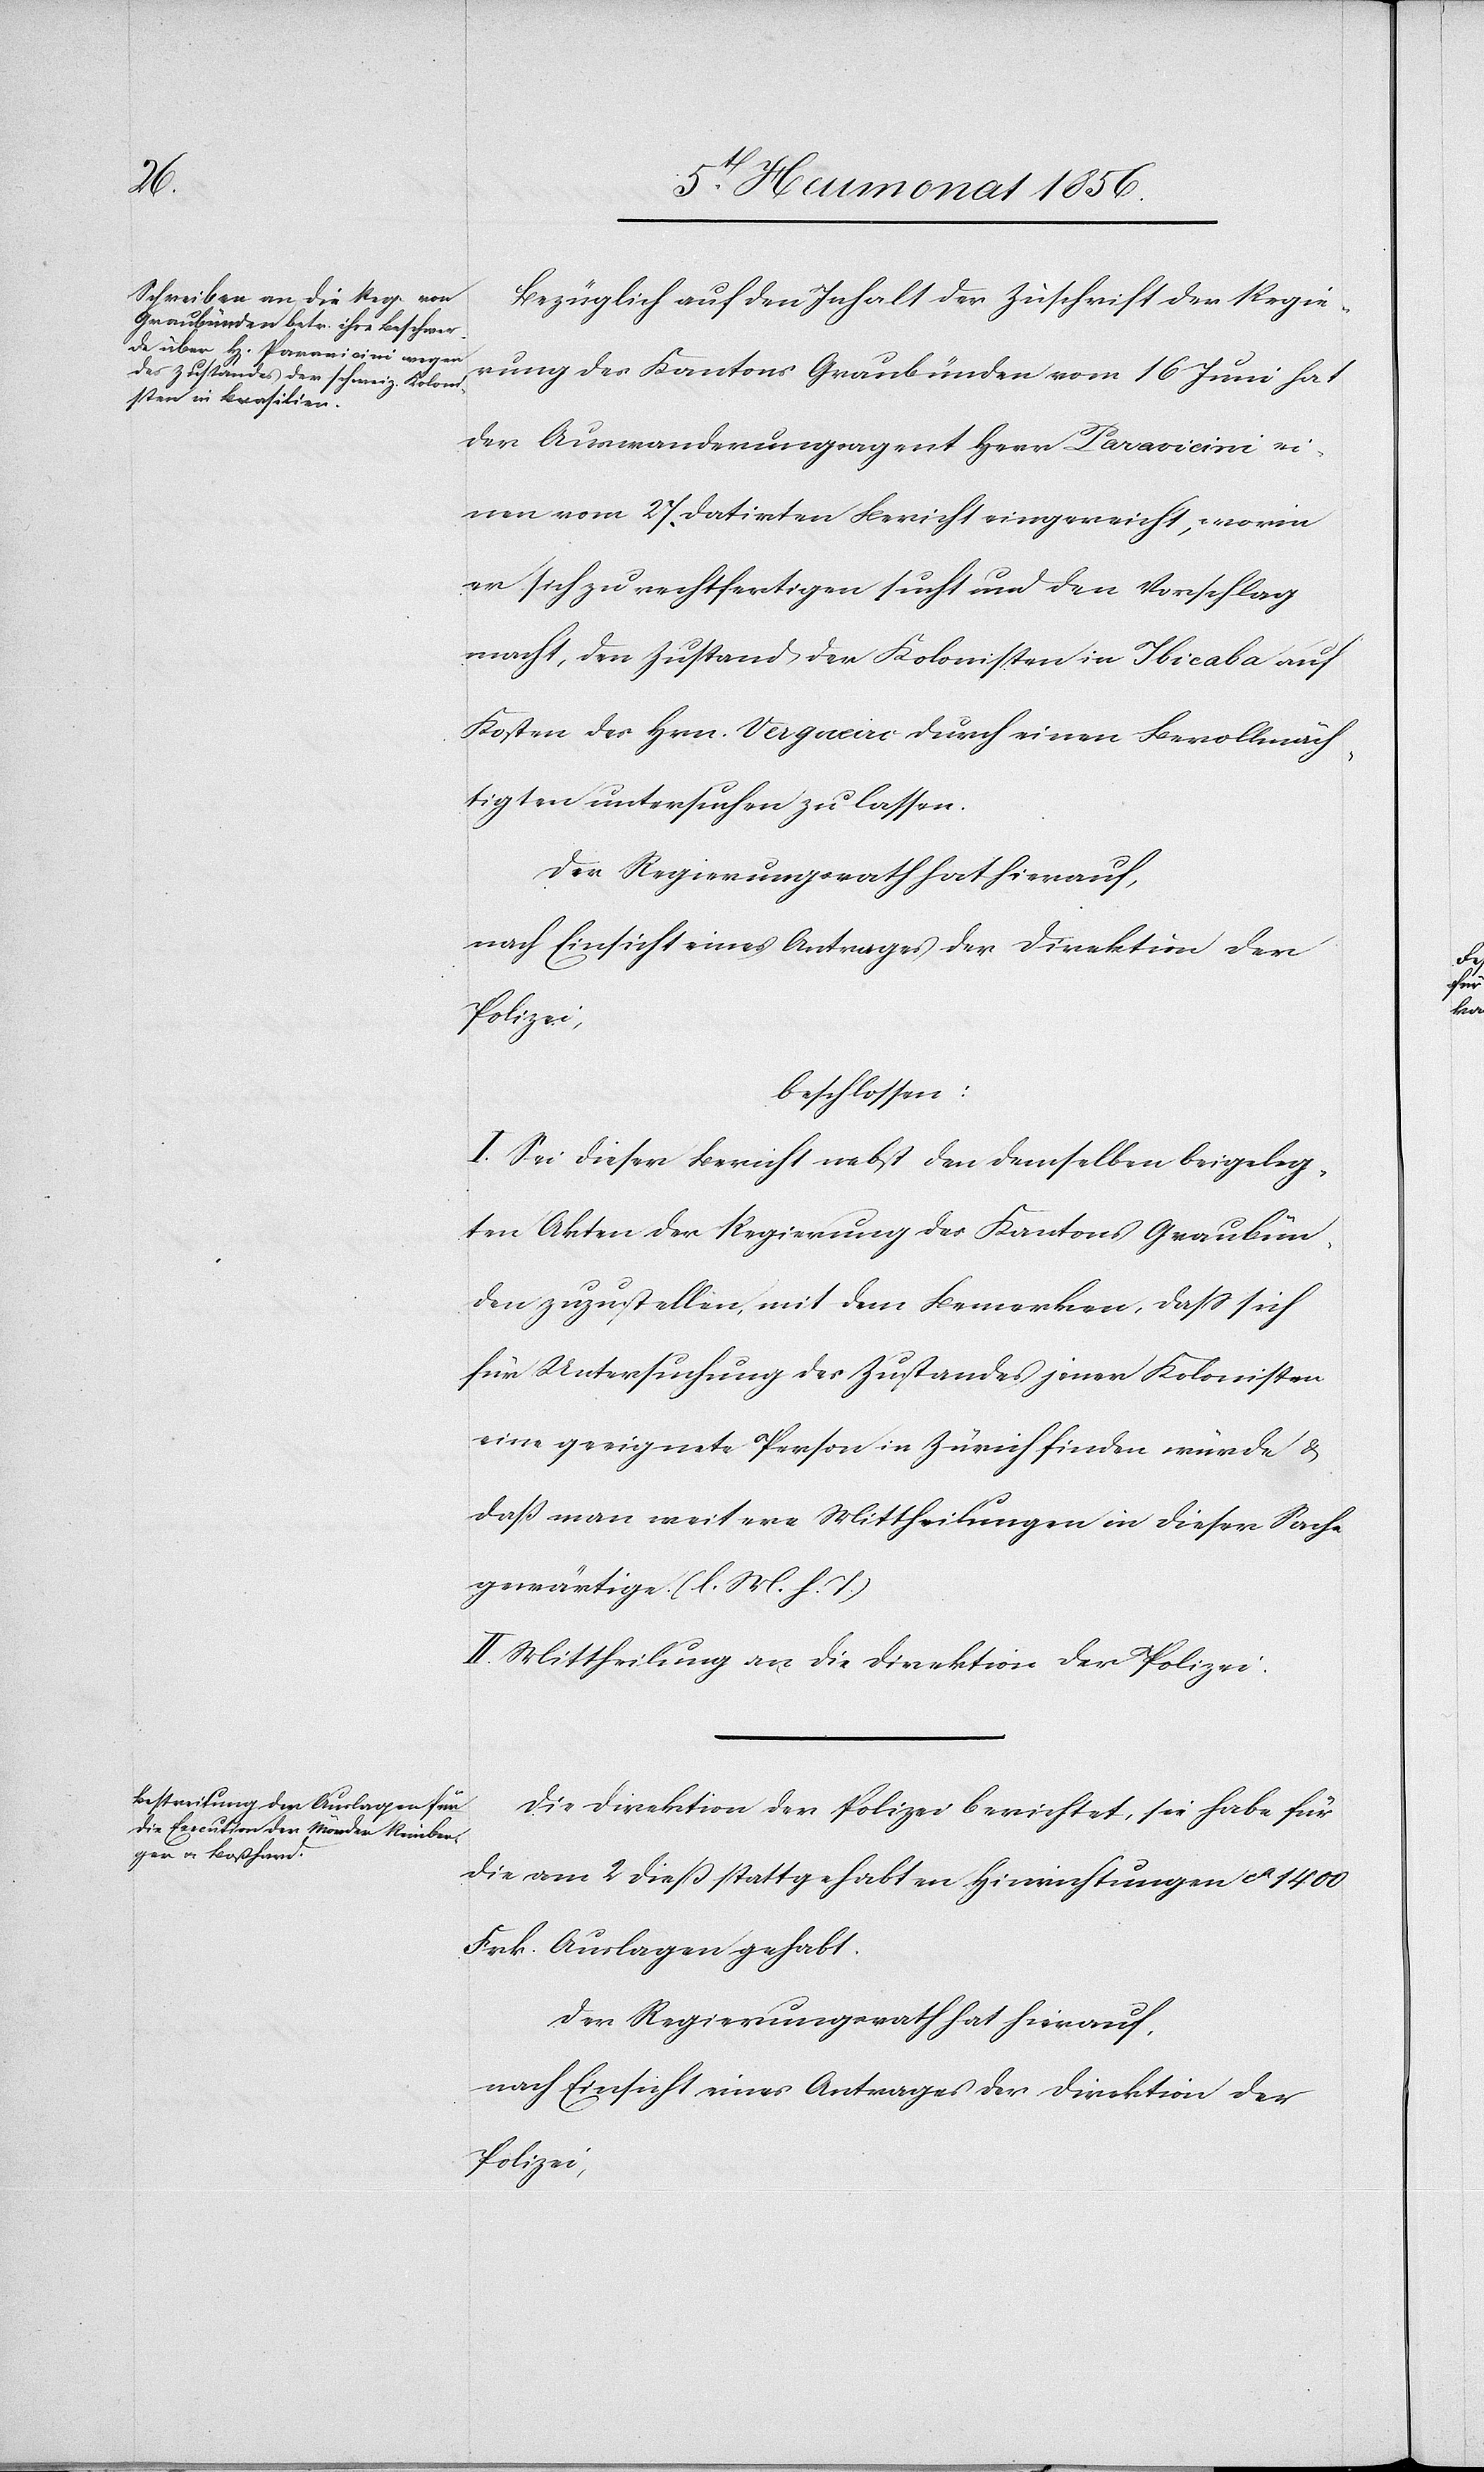
Bezüglich auf den Inhalt der Zuschrift der Regie¬
rung des Kantons Graubünden vom 16 Juni hat
der Auswanderungsagent Herr Paravicini ei¬
nen vom 27 datirten Bericht eingereicht, worin
er sich zu rechtfertigen sucht und den Vorschlag
macht, den Zustand der Kolonisten in Ibicaba auf
Kosten des Hrn. Vergueiro durch einen Bevollmäch¬
tigten untersuchen zu lassen.
Der Regierungsrath hat hierauf,
nach Einsicht eines Antrages der Direktion der
Polizei,
beschlossen:
I. Sei dieser Bericht nebst den demselben beigeleg¬
ten Akten der Regierung des Kantons Graubün¬
den zuzustellen, mit dem Bemerken, dass sich
für Untersuchung des Zustandes jener Kolonisten
eine geeignete Person in Zürich finden würde &
dass man weitere Mittheilung in dieser Sache
gewärtige. (l. M. h. T.)
II. Mittheilung an die Direktion der Polizei.
Die Direktion der Polizei berichtet, sie habe für
die am 2 diess stattgehabten Hinrichtungen ca 1400
Frk. Auslagen gehabt.
Der Regierungsrath hat hierauf,
nach Einsicht eines Antrages der Direktion der
Polizei,